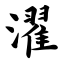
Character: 濯